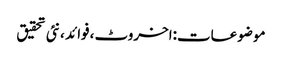
موضوعات:اخروٹ ،فوائد ،نئی تحقیق